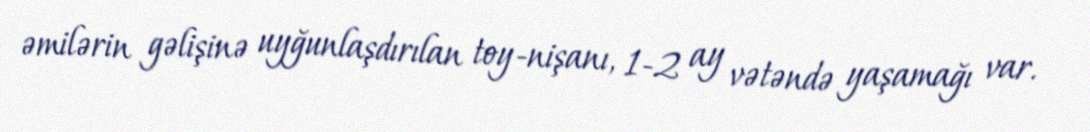
əmilərin gəlişinə uyğunlaşdırılan toy-nişanı, 1-2 ay vətəndə yaşamağı var.